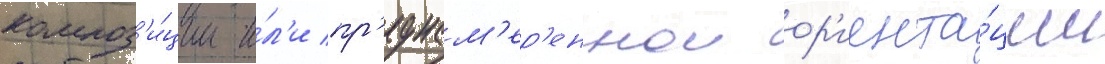
композ'и́ции и́л'и пр'еднам'ер'еннои ор'иента́ции